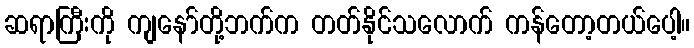
ဆရာကြီးကို ကျနော်တို့ဘက်က တတ်နိုင်သလောက် ကန်တော့တယ်ပေါ့။